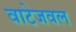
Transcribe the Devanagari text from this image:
वाटेजवल